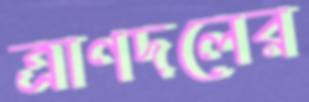
ত্রাণদলের